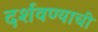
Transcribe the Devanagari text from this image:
दर्शवण्याची